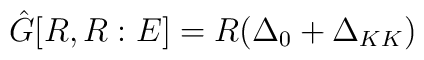
\hat{G}[R, R: E] = R (\Delta_0 + \Delta_{KK})